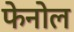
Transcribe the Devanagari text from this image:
फेनोल